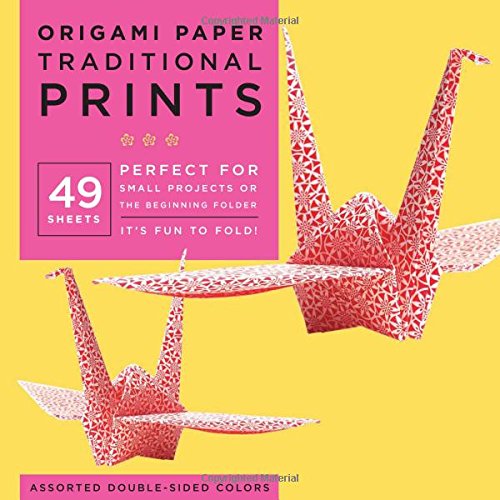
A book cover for Origami Paper - Traditional Prints - 8 1/4" - 49 Sheets: (Tuttle Origami Paper); Arts & Photography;